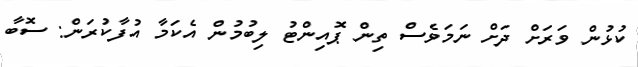
ކުޅުން ވަރަށް ދަށް ނަމަވެސް ތިން ޕޮއިންޓު ލިބުމުން އެކަމާ އުފާކުރަން: ސޮބާ